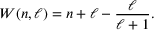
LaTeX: W ( n , \ell ) = n + \ell - { \frac { \ell } { \ell + 1 } } .